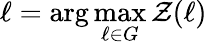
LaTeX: \ell=\arg\operatorname*{max}_{\ell\in G}\mathcal{Z}(\ell)